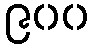
၉၀၀